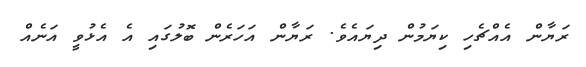
ރަޔާން އެއްޗެހި ކިޔަމުން ދިޔައެވެ. ރަޔާން އަހަރެން ބޮލުގައި އެ އެޅުވީ އަނެއް